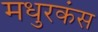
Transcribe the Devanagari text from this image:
मधुरकंस